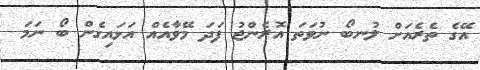
އޭގެ ތެރެއަށް ލުނބޯ ނުވަތަ އޮރެންްޖު ފަދަ މޭވާއެއް އަޅައިގެން ބޯ ނަމަ